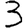
Digit: 3